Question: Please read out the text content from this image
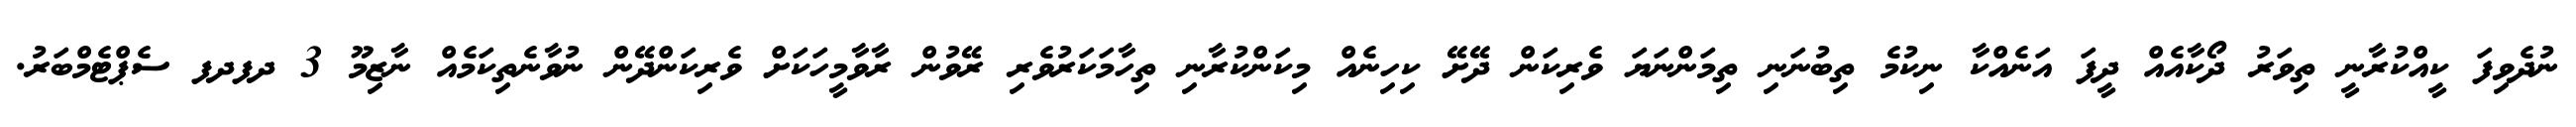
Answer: ނުދެވިފަ ކީއްކުރާނީ ތިވަރު ދޯކާއެއް ދީފަ އަނެއްކާ ނިކުމެ ތިބުނަނި ތިމަންނަޔަ ވެރިކަން ދޭށޭ ކިހިނެއް މިކަންކުރާނި ތިހާމަކަރުވެރި ރޭވުން ރާވާމީހަކަށް ވެރިކަންދޭން ނުވާނެތިކަމެއް ނާޒިމޫ 3 ދފދފ ސެޕްޓެމްބަރު.